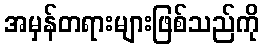
အမှန်တရားများဖြစ်သည်ကို